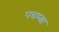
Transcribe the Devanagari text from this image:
पचम्बा